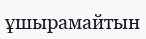
ұшырамайтын